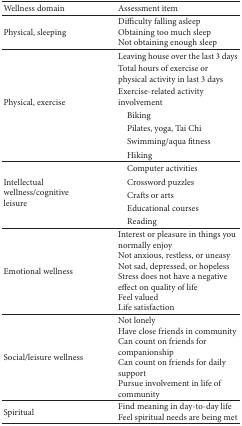
<table><thead><tr><td><b>Wellness domain</b></td><td><b>Assessment item</b></td></tr></thead><tbody><tr><td>Physical, sleeping</td><td>Difficulty falling asleep Obtaining too much sleep Not obtaining enough sleep</td></tr><tr><td rowspan="7">Physical, exercise</td><td>Leaving house over the last 3 days</td></tr><tr><td>Total hours of exercise or physical activity in last 3 days</td></tr><tr><td>Exercise-related activity involvement</td></tr><tr><td> Biking</td></tr><tr><td> Pilates, yoga, Tai Chi</td></tr><tr><td> Swimming/aqua fitness</td></tr><tr><td> Hiking</td></tr><tr><td rowspan="5">Intellectual wellness/cognitive leisure</td><td> Computer activities</td></tr><tr><td> Crossword puzzles</td></tr><tr><td> Crafts or arts</td></tr><tr><td> Educational courses</td></tr><tr><td> Reading</td></tr><tr><td>Emotional wellness</td><td>Interest or pleasure in things you normally enjoy Not anxious, restless, or uneasy Not sad, depressed, or hopeless Stress does not have a negative effect on quality of life Feel valued Life satisfaction</td></tr><tr><td>Social/leisure wellness</td><td>Not lonely Have close friends in communityCan count on friends for companionshipCan count on friends for daily support Pursue involvement in life of community</td></tr><tr><td>Spiritual</td><td>Find meaning in day-to-day life Feel spiritual needs are being met</td></tr></tbody></table>